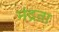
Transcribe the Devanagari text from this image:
मंद्रता